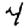
Digit: 4